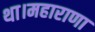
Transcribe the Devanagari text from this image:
था।महाराणा